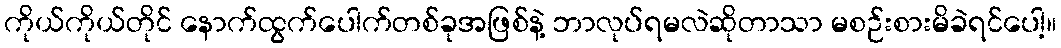
ကိုယ်ကိုယ်တိုင် နောက်ထွက်ပေါက်တစ်ခုအဖြစ်နဲ့ ဘာလုပ်ရမလဲဆိုတာသာ မစဉ်းစားမိခဲရင်ပေါ့။